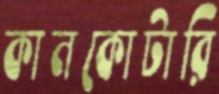
কানকোটারি